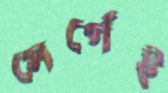
সের্গেই